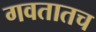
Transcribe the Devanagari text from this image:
गवतातच